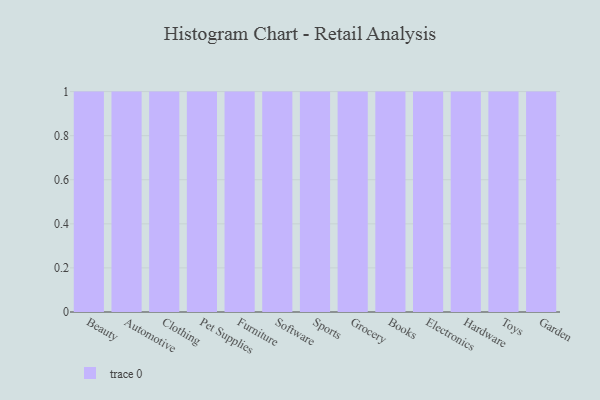
{"axis": {"x": "Category", "y": "Inventory Turnover"}, "legend": [""], "data": [{"x": "Beauty", "y": 48, "type": ""}, {"x": "Automotive", "y": 71, "type": ""}, {"x": "Clothing", "y": 98, "type": ""}, {"x": "Pet Supplies", "y": 62, "type": ""}, {"x": "Furniture", "y": 82, "type": ""}, {"x": "Software", "y": 51, "type": ""}, {"x": "Sports", "y": 84, "type": ""}, {"x": "Grocery", "y": 2, "type": ""}, {"x": "Books", "y": 56, "type": ""}, {"x": "Electronics", "y": 63, "type": ""}, {"x": "Hardware", "y": 34, "type": ""}, {"x": "Toys", "y": 68, "type": ""}, {"x": "Garden", "y": 25, "type": ""}]}